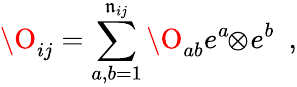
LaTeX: \O_{ij}=\sum_{a,b=1}^{\mathfrak{n}_{ij}}\O_{ab}e^{a}\! \! \otimes\! e^{b}\ \ ,